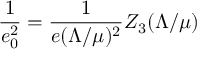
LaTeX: \frac { 1 } { e _ { 0 } ^ { 2 } } = \frac { 1 } { e ( \Lambda / \mu ) ^ { 2 } } Z _ { 3 } ( \Lambda / \mu )